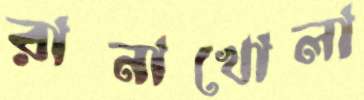
রানাখোলা